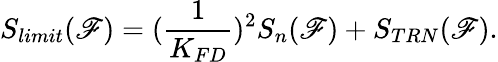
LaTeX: S_{limit}(\mathscr{F})=(\frac{{1}}{{K_{FD}}})^{2}S_{n}(\mathscr{F})+S_{TRN}(\mathscr{F}).